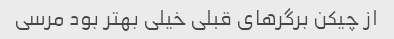
از چیکن برگرهای قبلی خیلی بهتر بود مرسی